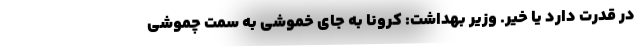
در قدرت دارد یا خیر. وزیر بهداشت: کرونا به جای خموشی به سمت چموشی